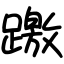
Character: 躈